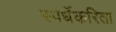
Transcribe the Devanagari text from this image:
स्पर्धेकरिता